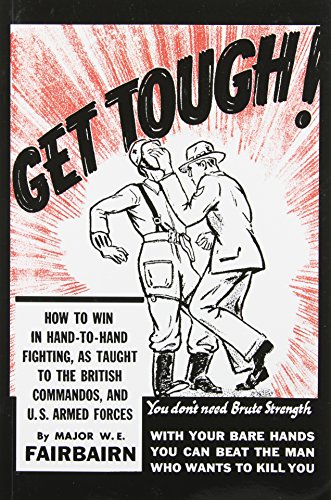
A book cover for Get Tough! How to Win in Hand-to-Hand Fighting, as Taught to the British Commandos, and the U.S. Armed Forces; W. E. Fairbairn; Sports & Outdoors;